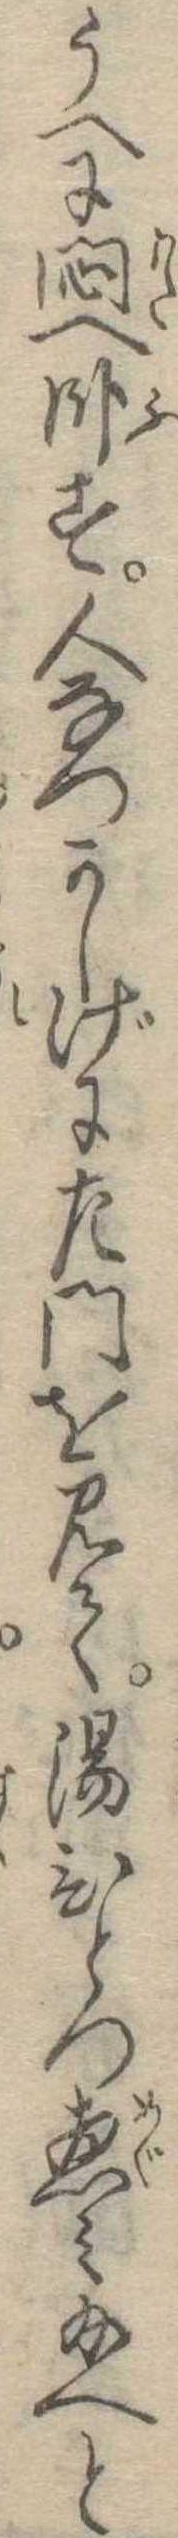
うへに悶へ臥す人なつかしげに左門を見て湯ひとつ恵み給へと